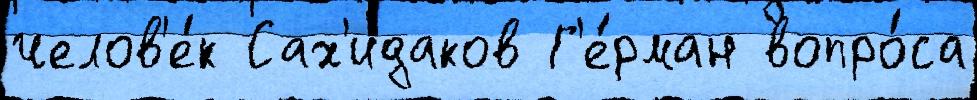
челов'е́к Сах'идаков Г'е́рман вопро́са